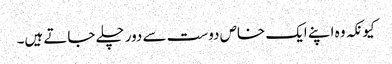
کیونکہ وہ اپنے ایک خاص دوست سے دور چلے جاتے ہیں۔